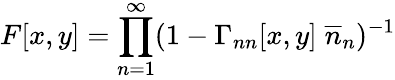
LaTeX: F[x,y]=\prod_{n=1}^{\infty}(1-\Gamma_{nn}[x,y]\; \overline{{{n}}}_{n})^{-1}